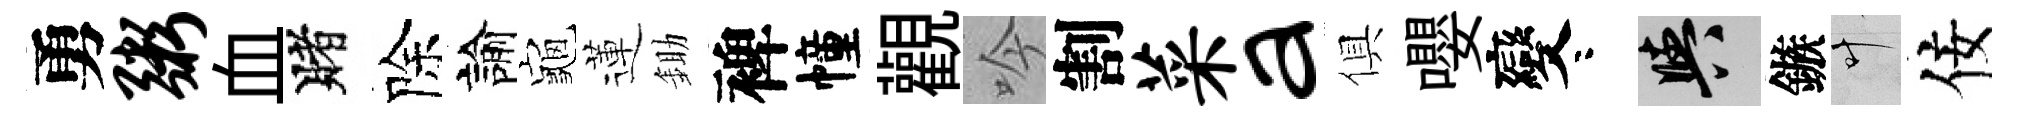
勇粥血賭除諭龜蓮鋤裨幢觀吟割菜a俱嚶變咯阳鏃叶佞